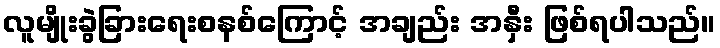
လူမျိုးခွဲခြားရေးစနစ်ကြောင့် အချည်း အနှီး ဖြစ်ရပါသည်။